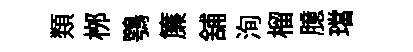
𩔖桞鶚簾舖洵榴臆璫